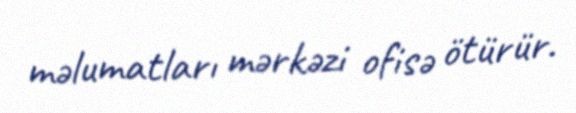
məlumatları mərkəzi ofisə ötürür.